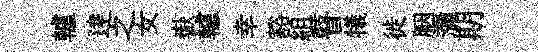
轤逹之女嶽轤幸豁組瞽犧徙胭瀰期